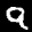
Label: 9